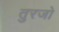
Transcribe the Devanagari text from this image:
तुरजो